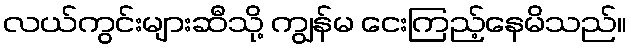
လယ်ကွင်းများဆီသို့ ကျွန်မ ငေးကြည့်နေမိသည်။